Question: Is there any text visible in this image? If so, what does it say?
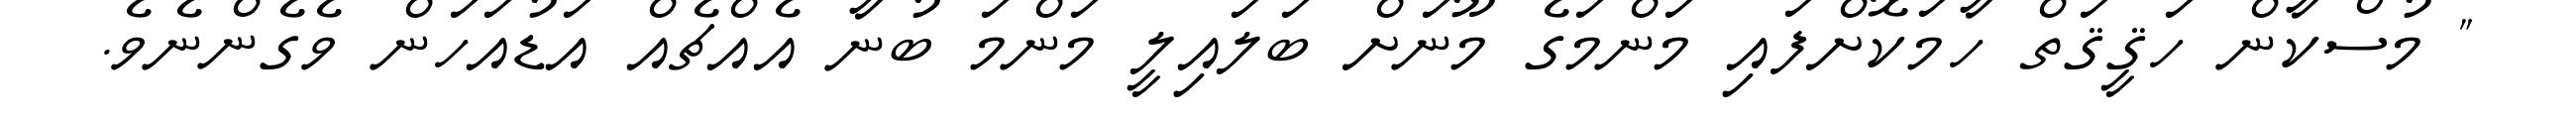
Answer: " މުސްކާން ހަޤީޤަތް ހާމަކޮށްފައި މަންމަގެ މޫނަށް ބަލައިލީ މަންމަ ބުނާ އެއްޗެއް އަޑުއަހަން ވެގެންނެވެ.